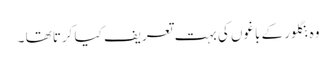
وہ بنگلور کے باغوں کی بہت تعریف کیا کرتا تھا ۔